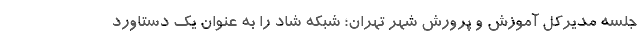
جلسه مدیرکل آموزش و پرورش شهر تهران؛ شبکه شاد را به عنوان یک دستاورد